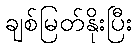
ချစ်မြတ်နိုးပြီး